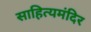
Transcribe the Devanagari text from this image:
साहित्यमंदिर